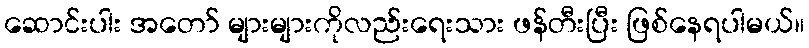
ဆောင်းပါး အတော် များများကိုလည်းရေးသား ဖန်တီးပြီး ဖြစ်နေရပါမယ်။